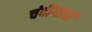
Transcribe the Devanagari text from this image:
चंदीगडची